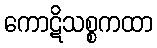
ကောဋိသစ္စကထာ